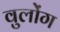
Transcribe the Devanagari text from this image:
वुलोंग